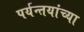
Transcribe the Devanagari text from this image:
पर्यन्तयांच्या